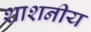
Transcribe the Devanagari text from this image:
शाशनीय